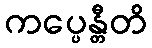
ကပ္ပေန္တီတိ